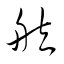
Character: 舷